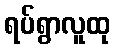
ရပ်ရွာလူထု